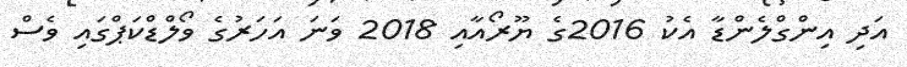
އަދި އިންގްލެންޑާ އެކު 2016ގެ ޔޫރޯއާއި 2018 ވަނަ އަހަރުގެ ވޯލްޑްކަޕްގައި ވެސް